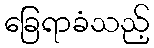
ခြေရာခံသည့်